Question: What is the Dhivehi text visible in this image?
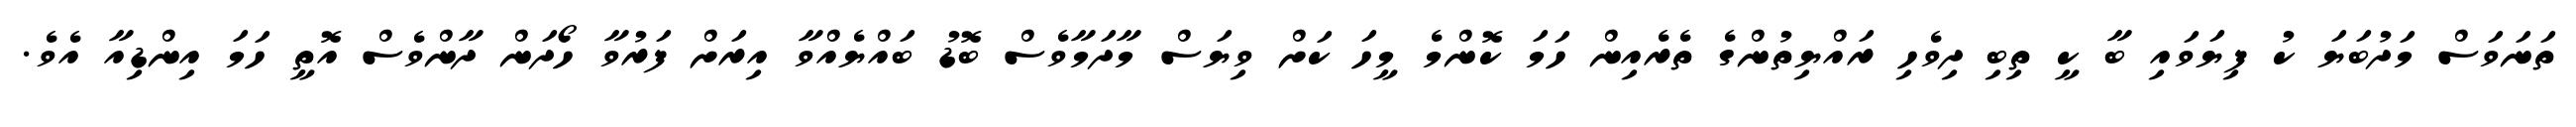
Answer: ތަނަވަސް މަދުބަޔަ ކު ފިޔަވައި ބާ ކީ ތިބި ދިވެހި ރައްޔިތުންގެ ތެރެއިން ހަމަ ކޮންމެ މީހަ ކަށް ވިޔަސް މާދަމާވެސް ބޮޑު ބައްޔެއްވާ އިރަށް ފަރުވާ ހޯދަން ދާންވެސް އޮތީ ހަމަ އިންޑިއާ އެވެ.